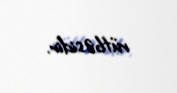
rütbəsidir.